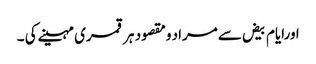
اورایام بیض سےمراد ومقصود ہرقمری مہینےکی ۔